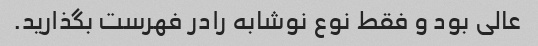
عالی بود و فقط نوع نوشابه رادر فهرست‌ بگذارید.